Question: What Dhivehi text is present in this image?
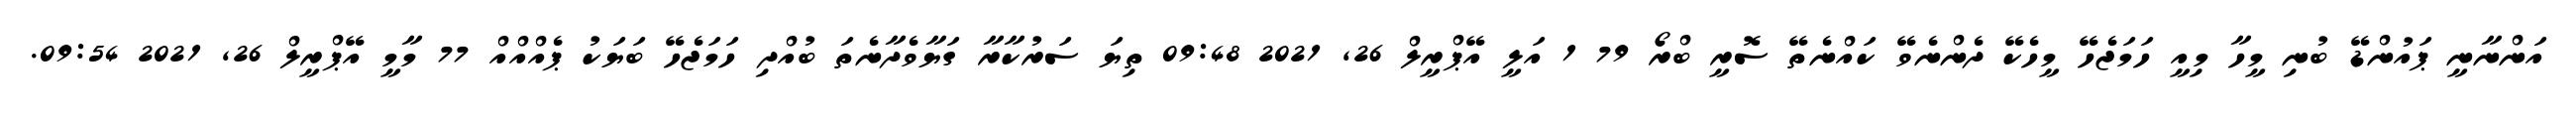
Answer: އަންނާނީ ޕައުންޑޭ ބުނި މީހާ މިއީ ހަމަޖެހޭ މީހެކޭ ދެންނެވޭ ކައްނެތޭ ސޮރީ ބްރޯ 79 1 އަލީ އޭޕްރީލް 26, 2021 09:48 ތިޔަ ސަރުކާރާ ގަޔާވެދާނެތަ ބުއްދި ހަމަޖެހޭ ބަޔަކު ޕެއްއްއް 77 މާމީ އޭޕްރީލް 26, 2021 09:54.